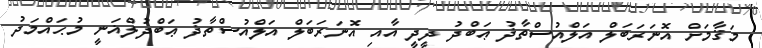
މަޤާމަށް އޮނަރަބަލް އަލްއުސްތާޛު ޢަބްދު ދީދީ އާއި އޮނަރަބަލް އަލްއުސްތާޛު ޢަބްދުލްޣަނީ މުޙައްމަދު